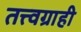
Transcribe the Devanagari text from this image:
तत्त्वग्राही